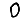
Digit: 0